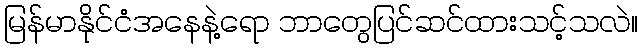
မြန်မာနိုင်ငံအနေနဲ့ရော ဘာတွေပြင်ဆင်ထားသင့်သလဲ။